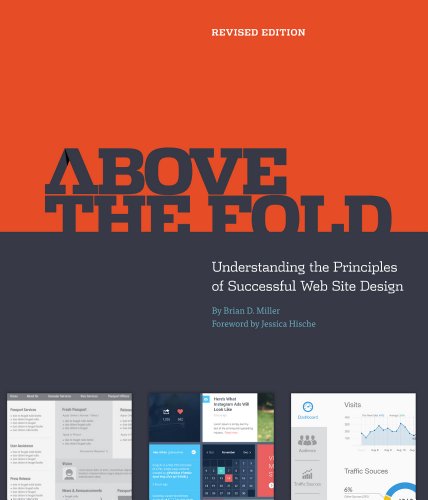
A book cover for Above the Fold, Revised Edition; Brian D. Miller; Computers & Technology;